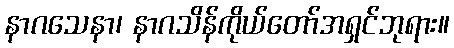
နာဂသေနာ၊ နာဂသိန်ကိုယ်တော်အရှင်ဘုရား။